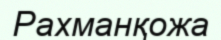
Рахманқожа